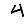
Digit: 4